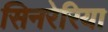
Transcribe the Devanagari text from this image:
सिनरेरिया